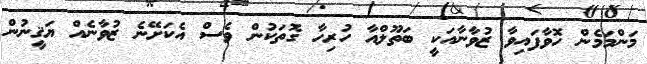
މަންމަމެން ހޮވާފައިވާ ޒުވާނާއަކީ ބަތޫލްއާ ހުރިހާ ގޮތަކުން ވެސް އެކަށޭނެ ޒުވާނެއް ޔަޤީނުން